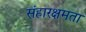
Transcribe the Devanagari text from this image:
संहारक्षमता